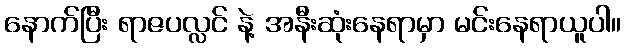
နောက်ပြီး ရာဇပလ္လင် နဲ့ အနီးဆုံးနေရာမှာ မင်းနေရာယူပါ။